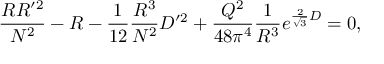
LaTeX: { \frac { R R ^ { \prime 2 } } { N ^ { 2 } } } - R - { \frac { 1 } { 1 2 } } { \frac { R ^ { 3 } } { N ^ { 2 } } } D ^ { \prime 2 } + { \frac { Q ^ { 2 } } { 4 8 \pi ^ { 4 } } } { \frac { 1 } { R ^ { 3 } } } e ^ { { \frac { 2 } { \sqrt 3 } } D } = 0 ,